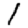
Digit: 1